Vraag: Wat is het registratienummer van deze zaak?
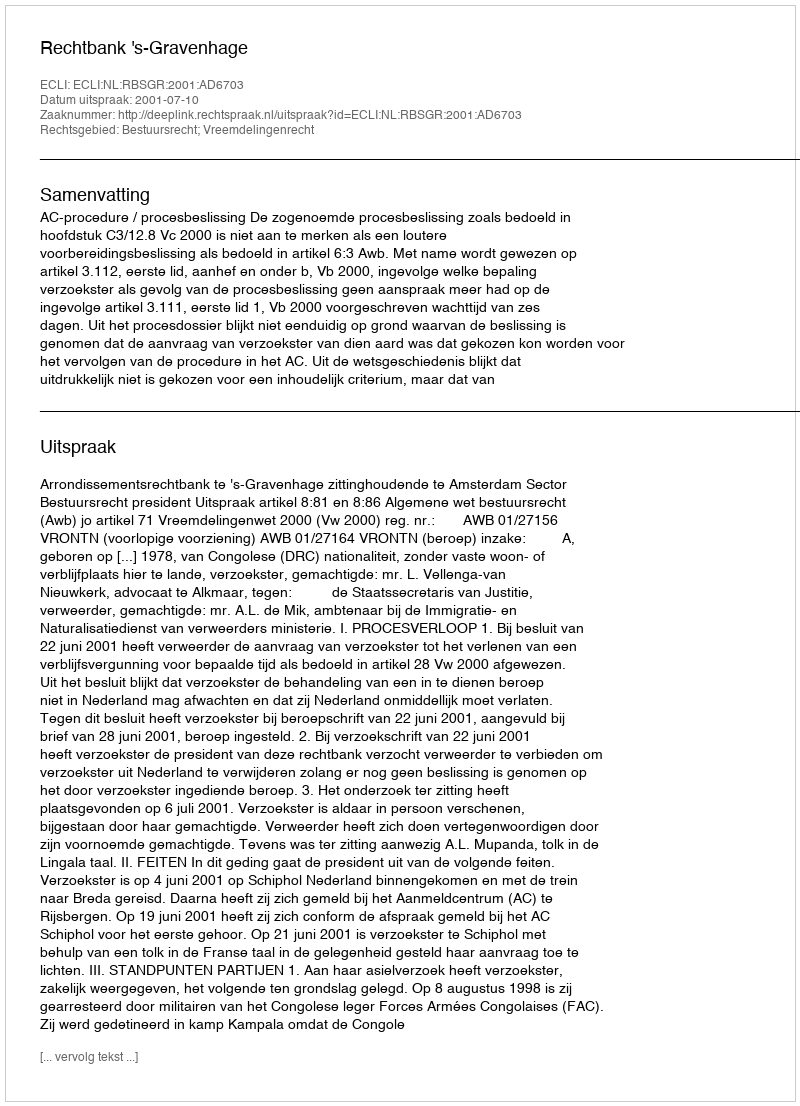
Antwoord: http://deeplink.rechtspraak.nl/uitspraak?id=ECLI:NL:RBSGR:2001:AD6703